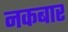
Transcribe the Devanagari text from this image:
नकबार